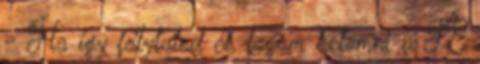
- Ha így folytatod én fogom betömni a TE